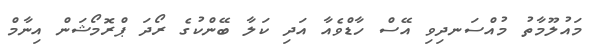
މައުލޫމާތު މުއްސަނދިވި އޭސް ހާޑްވެއާ އަދި ކަލާ ބޭންކުގެ ރޯދަ ޕްރޮމޯޝަން އިނާމް